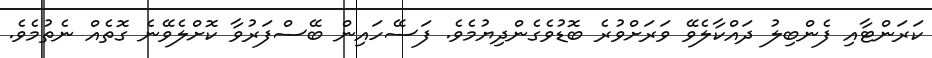
ކަރަންޓާއި ފެންބިލު ދައްކާލެވޭ ވަރަށްވުރެ ބޮޑުވެގެންދިޔުމެވެ. ފަސޭހައިން ބޭސްފަރުވާ ކޮށްލެވޭނެ ގޮތެއް ނެތުމެވެ.